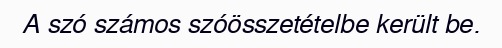
A szó számos szóösszetételbe került be.